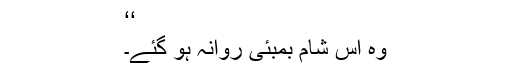
‘‘
وہ اس شام بمبئی روانہ ہو گئے۔